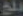
ملخ